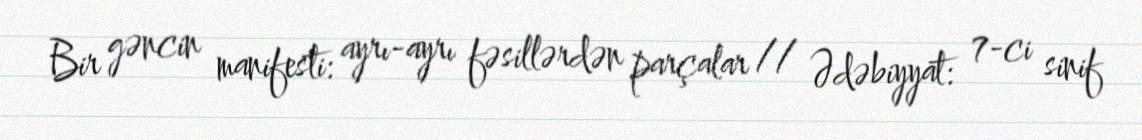
Bir gəncin manifesti: ayrı-ayrı fəsillərdən parçalar // Ədəbiyyat: 7-ci sinif